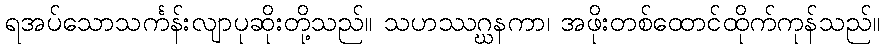
ရအပ်သောသင်္ကန်းလျာပုဆိုးတို့သည်။ သဟဿဂ္ဃနကာ၊ အဖိုးတစ်ထောင်ထိုက်ကုန်သည်။